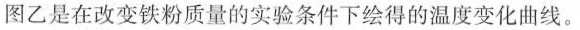
时间图乙是在改变铁粉质量的实验条件下绘得的温度变化曲线。